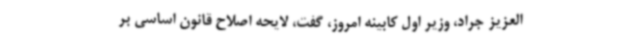
العزیز جراد، وزیر اول کابینه امروز، گفت، لایحه اصلاح قانون اساسی بر